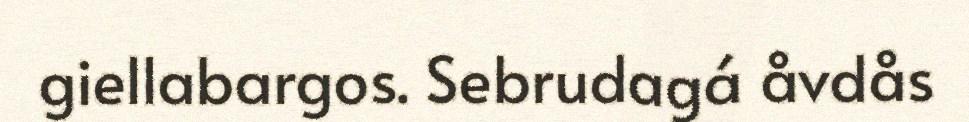
giellabargos. Sebrudagá åvdås